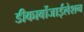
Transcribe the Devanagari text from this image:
डीकार्बोजाईलेशन